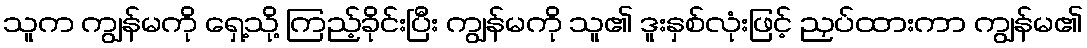
သူက ကျွန်မကို ရှေ့သို့ ကြည့်ခိုင်းပြီး ကျွန်မကို သူ၏ ဒူးနှစ်လုံးဖြင့် ညှပ်ထားကာ ကျွန်မ၏